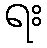
ရး